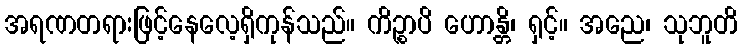
အရဏတရားဖြင့်နေလေ့ရှိကုန်သည်။ ကိဉ္စာပိ ဟောန္တိ၊ ရှင့်။ အညေ၊ သုဘူတိ